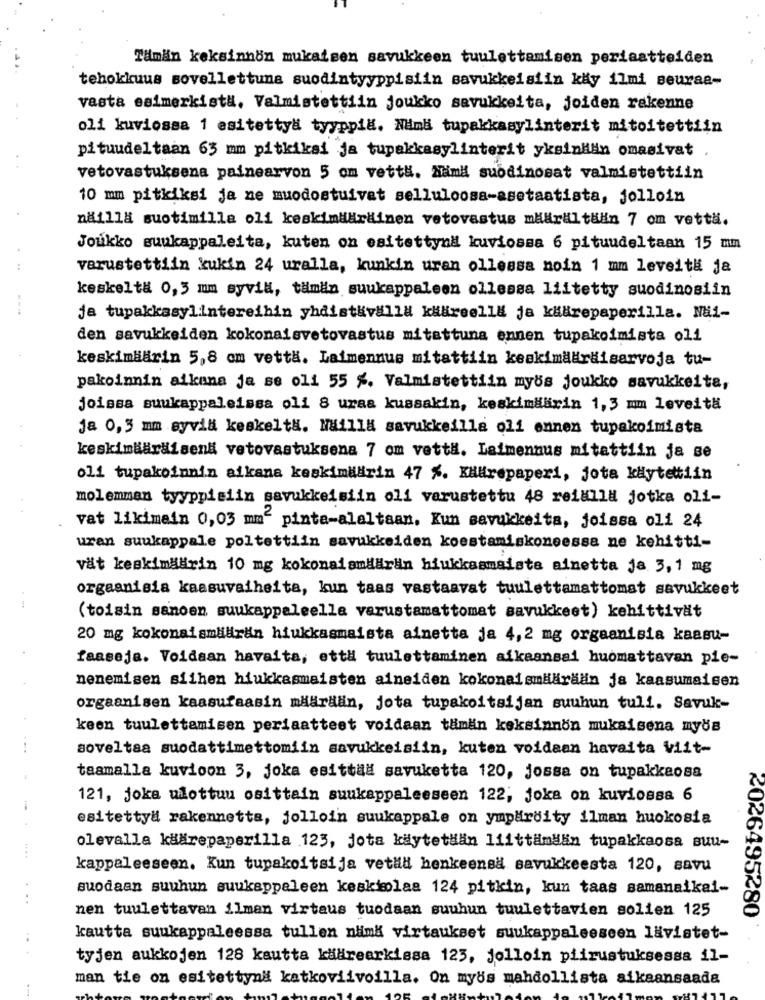
Tämän keksinnön mukaisen savukkeen tuulettamisen periaatteiden
tehokkuus sovellettuna suodintyyppisiin savukkeisiin kly ilmi seurae-
vasta esimerkista, Valmistettiin joukko savukkeita, joiden rakenne
oli kuviossa 1 esitettyl tyyppia. Nima tupakkasylinterit mitoitettiin
pituudeltaan 63 mm pitkiksi ja tupakkasylinterit yksinkän omasivat
vetovastuksena painearvon 5 om vettä. Nimi suodinosat valmistettiin
10 mm pitkiksi ja ne muodostuivat selluloosa-asetaatista, jolloin
näilla suotimilla oli keskindäräinen vetovastus määrältään 7 om vettä.
Joukko suukappaleita, kuten on esitettynd kuviossa 6 pituudeltaan 15 mm
varustettiin kukin 24 uralla, kunkin uran ollessa noin 1 mm leveitä ja
keskeltä 0,3 mm syvil, tämän suukappaleen ollessa liitetty suodinosiin
---
ja tupakkasylintereihin yhdistkvälla kläreell# ja klärepaperilla. Mui-
den savukkelden kokonaisvetovastus mitattuna ennen tupakoimista oli
keskimiärin 5,8 cm vettä. Laimennus mitattiin keskimääräisarvoja tu-
pakoinnin aikana ja se oli 55 %. Valmistettiin myös joukko savukkeita,
joissa suukappaleissa oli 8 uraa kussakin, keskimdärin 1,3 mm leveitä
ja 0,5 mm syvili keskeltH. Milla savukkeilla oli ennen tupakoimista
keskimääräisenä vetovastuksena 7 om vettä. Laimennus mitattiin ja se
oli tupakoinnin aikana keskimiärin 47 %. KAHrepaperi, jota käytettiin
molemman tyyppisiin savukkeisiin oli varustettu 48 reialla jotka oli-
vat likimein 0,03 mm“ pinta-alaltaan. Kun savukkeita, joissa oli 24
uran suukappale poltettiin savukkeiden koestamiskoneessa ne kehitti-
vät keskimäärin 10 mg kokonaiamdärin hiukkasmaista ainetta ja 3,1 mg
orgaanisia kaasuvaiheita, kun taas vastaavat tuulettamattomat savukkeet
(toisin sanoen suukappeleelle varustamattomat savukkeet) kehittivät
20 mg kokonaismlilirän hiukkasmaista ainetta ja 4,2 mg orgaanisia kaasu-
faaseja. Voidaan havaita, ettH tuulettaminen aikaansai huomattavan pie-
nenemisen siihen hiukkasmaisten aineiden kokonaismäärään ja kaasumaisen
orgaanisen kaasufaasin määräan, jota tupakoitsijan suuhun tuli. Savuk-
keen tuulettamisen periaatteet voidaan tämän keksinnön mukaisena myös
soveltaa suodattimettomiin savukkeisiin, kuten voidaan havaita Viit-
taamalla kuvioon 3, joka esittaa savuketta 120, jossa on tupakkaosa
121, joka wlottum osittain sunkappaleeseen 122, joka on kuviossa 6
esitettyl rakennetta, jolloin suukappale on ympärdity ilman huokosia
olevalla käärepaperilla 123, jota käytetääin liittämään tupakkaosa suu-
kappaleeseen. Kun tupakoltsija vetlil henkeensä savukkeesta 120, savu
suodaan suuhun suukappeleen keskimolaa 124 pitkin, kun taas samanaikai-
nen tuulettavan ilman virtaus tuodaan suuhun tuulettavien sollen 125
2026495280
..
kautta suukappaleessa tullen nimk virtaukset suukappaleeseen lävistet-
tyjen aukkojen 128 kautta käärearkissa 123, jolloin piirustuksessa il-
man tie on esitettynd katkoviivoilla. On myös mahdollista aikaansaada